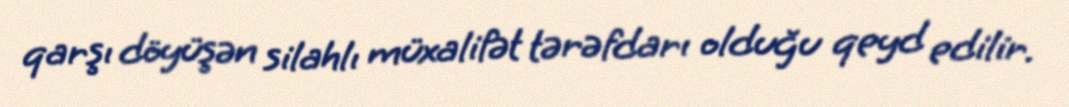
qarşı döyüşən silahlı müxalifət tərəfdarı olduğu qeyd edilir.